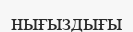
нығыздығы